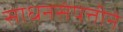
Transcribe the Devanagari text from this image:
साधनसंपत्तीने